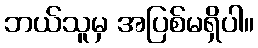
ဘယ်သူမှ အပြစ်မရှိပါ။